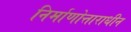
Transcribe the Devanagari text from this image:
निर्माणोत्ताराधीन